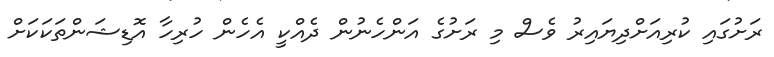
ރަށުގައި ކުރިއަށްދިޔައިރު ވެސް މި ރަށުގެ އަންހެނުން ދެއްކީ އެހެން ހުރިހާ އޮޑިޝަންތަކަކަށް